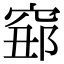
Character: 𥦅